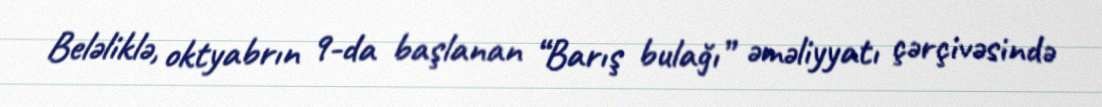
Beləliklə, oktyabrın 9-da başlanan “Barış bulağı” əməliyyatı çərçivəsində